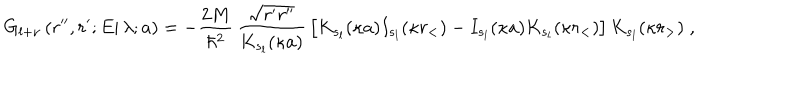
LaTeX: G _ { l + \nu } \left( \left. r ^ { \prime \prime } , r ^ { \prime } ; E \right| \lambda ; a \right) = - \frac { 2 M } { \hbar ^ { 2 } } \, \frac { \sqrt { r ^ { \prime } r ^ { \prime \prime } } } { K _ { s _ { l } } ( \kappa a ) } \, \left[ K _ { s _ { l } } ( \kappa a ) I _ { s _ { l } } ( \kappa r _ { < } ) - I _ { s _ { l } } ( \kappa a ) K _ { s _ { l } } ( \kappa r _ { < } ) \right] K _ { s _ { l } } ( \kappa r _ { > } ) \; ,